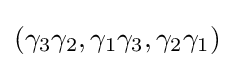
{\textstyle (\gamma _{3}\gamma _{2},\gamma _{1}\gamma _{3},\gamma _{2}\gamma _{1})}